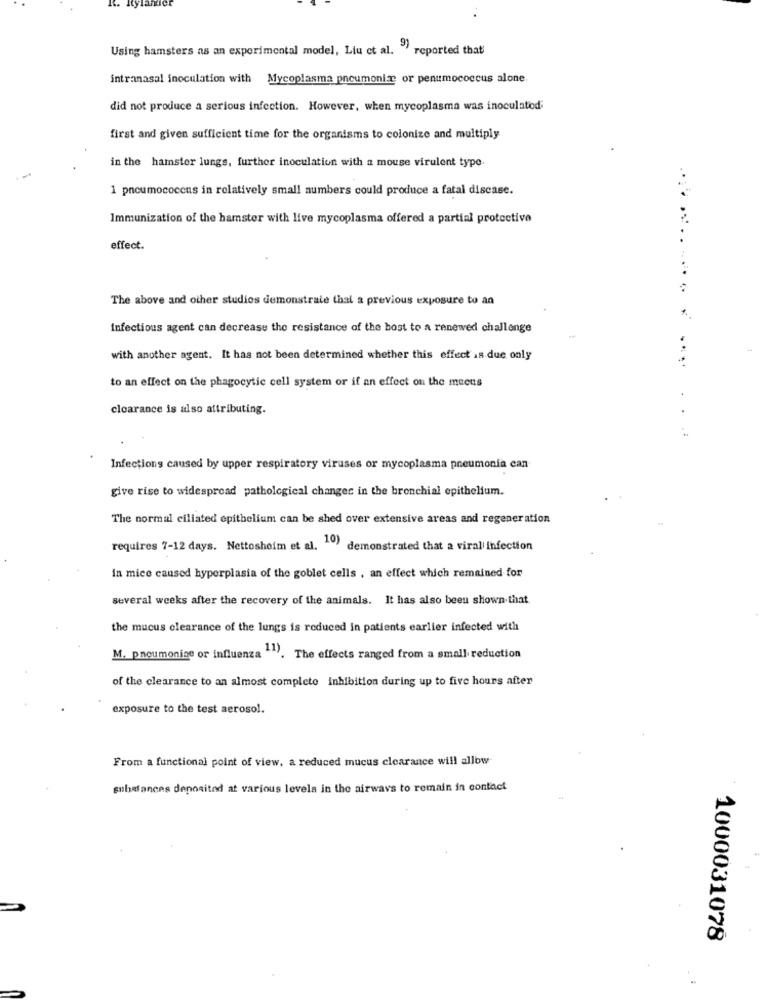
Using hamsters as an experimental model, Liu ct al. "' reported that'
intranasal inoculation with
Mycoplasma pneumoniae or penumococcus alone.
did not produce a serious infection. However, when mycoplasma was inoculatod;
first and given sufficient time for the organisms to colonize and multiply
in the hamster lungs, further inoculation with a mouse virulent type
1 pneumococcus in relatively small numbers could produce a fatal disease.
Immunization of the hamster with live mycoplasma offered a partial protective
effect.
.....
The above and other studies demonstrate that a previous exposure to an
Infectious agent can decrease the resistance of the bost to a renewed challenge
with another agent. It has not been determined whether this effect is due only
to an effect on the phagocytic cell system or if an effect on the muens
clearance is also attributing.
Infections caused by upper respiratory viruses or mycoplasma pneumonia can
give rise to widespread pathological changes in the bronchial epithelium.
The normal ciliated epithelium can be shed over extensive areas and regeneration
requires 7-12 days. Nettosheim et al. " demonstrated that a viral Infection
in mice caused hyperplasia of the goblet cells , an effect which remained for
several weeks after the recovery of the animals. It has also been shown that
the mucus clearance of the lungs is reduced in patients earlier infected with
M. pneumoniae or influenza -1). The effects ranged from a small reduction
of the clearance to an almost complete inhibition during up to five hours after
exposure to the test aerosol.
From a functional point of view, a reduced mucus clearance will allow
substances deposited at various levels in the airways to remain in contact
1000031078